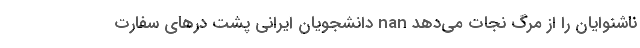
ناشنوایان را از مرگ نجات می‌دهد nan دانشجویان ایرانی پشت درهای سفارت